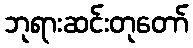
ဘုရားဆင်းတုတော်